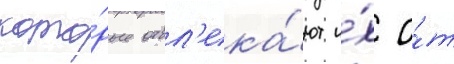
кото́рые отвл'ека́ют и́х о́т